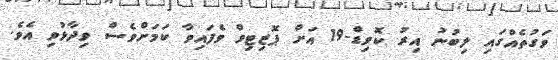
ވަގުތެއްގައި ލިބުނު އިރު ކޮވިޑް-19 އަށް ޕޮޒިޓިވް ވެފައިވާ ކަމަށްވެސް ވިދާޅުވި އެވެ.